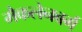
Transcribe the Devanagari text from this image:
मैकलेनबर्ग